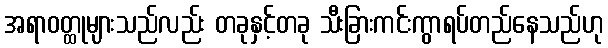
အရာဝတ္ထုများသည်လည်း တခုနှင့်တခု သီးခြားကင်းကွာရပ်တည်နေသည်ဟု